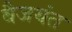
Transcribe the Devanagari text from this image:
बैजयंत